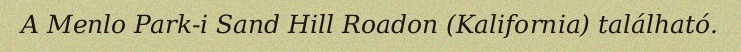
A Menlo Park-i Sand Hill Roadon (Kalifornia) található.